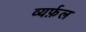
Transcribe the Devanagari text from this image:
व्यर्फ़ल